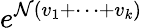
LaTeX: e^{\mathcal{N}(v_{1}+\cdots+v_{k})}